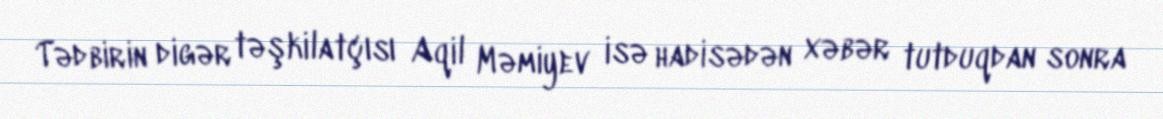
Tədbirin digər təşkilatçısı Aqil Məmiyev isə hadisədən xəbər tutduqdan sonra